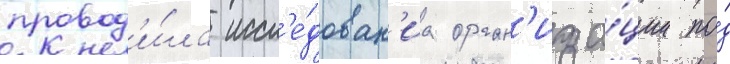
провод'и́ла иссл'е́дован'иа орган'иза́ции по́д